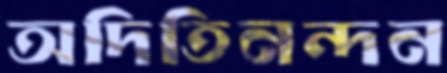
অদিতিনন্দন